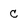
Character: C